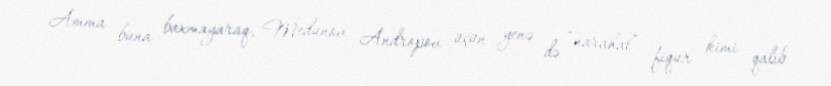
Amma buna baxmayaraq, Medunov Andropov üçün yenə də “narahat” fiqur kimi qalıb